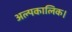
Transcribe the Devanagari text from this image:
अल्पकालिक।